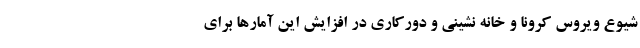
شیوع ویروس کرونا و خانه نشینی و دورکاری در افزایش این آمارها برای